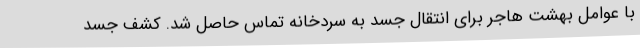
با عوامل بهشت هاجر برای انتقال جسد به سردخانه تماس حاصل شد. کشف جسد